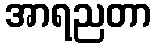
အာရညတာ